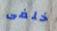
خلفى